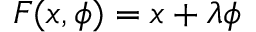
F ( x , \phi ) = x + \lambda \phi